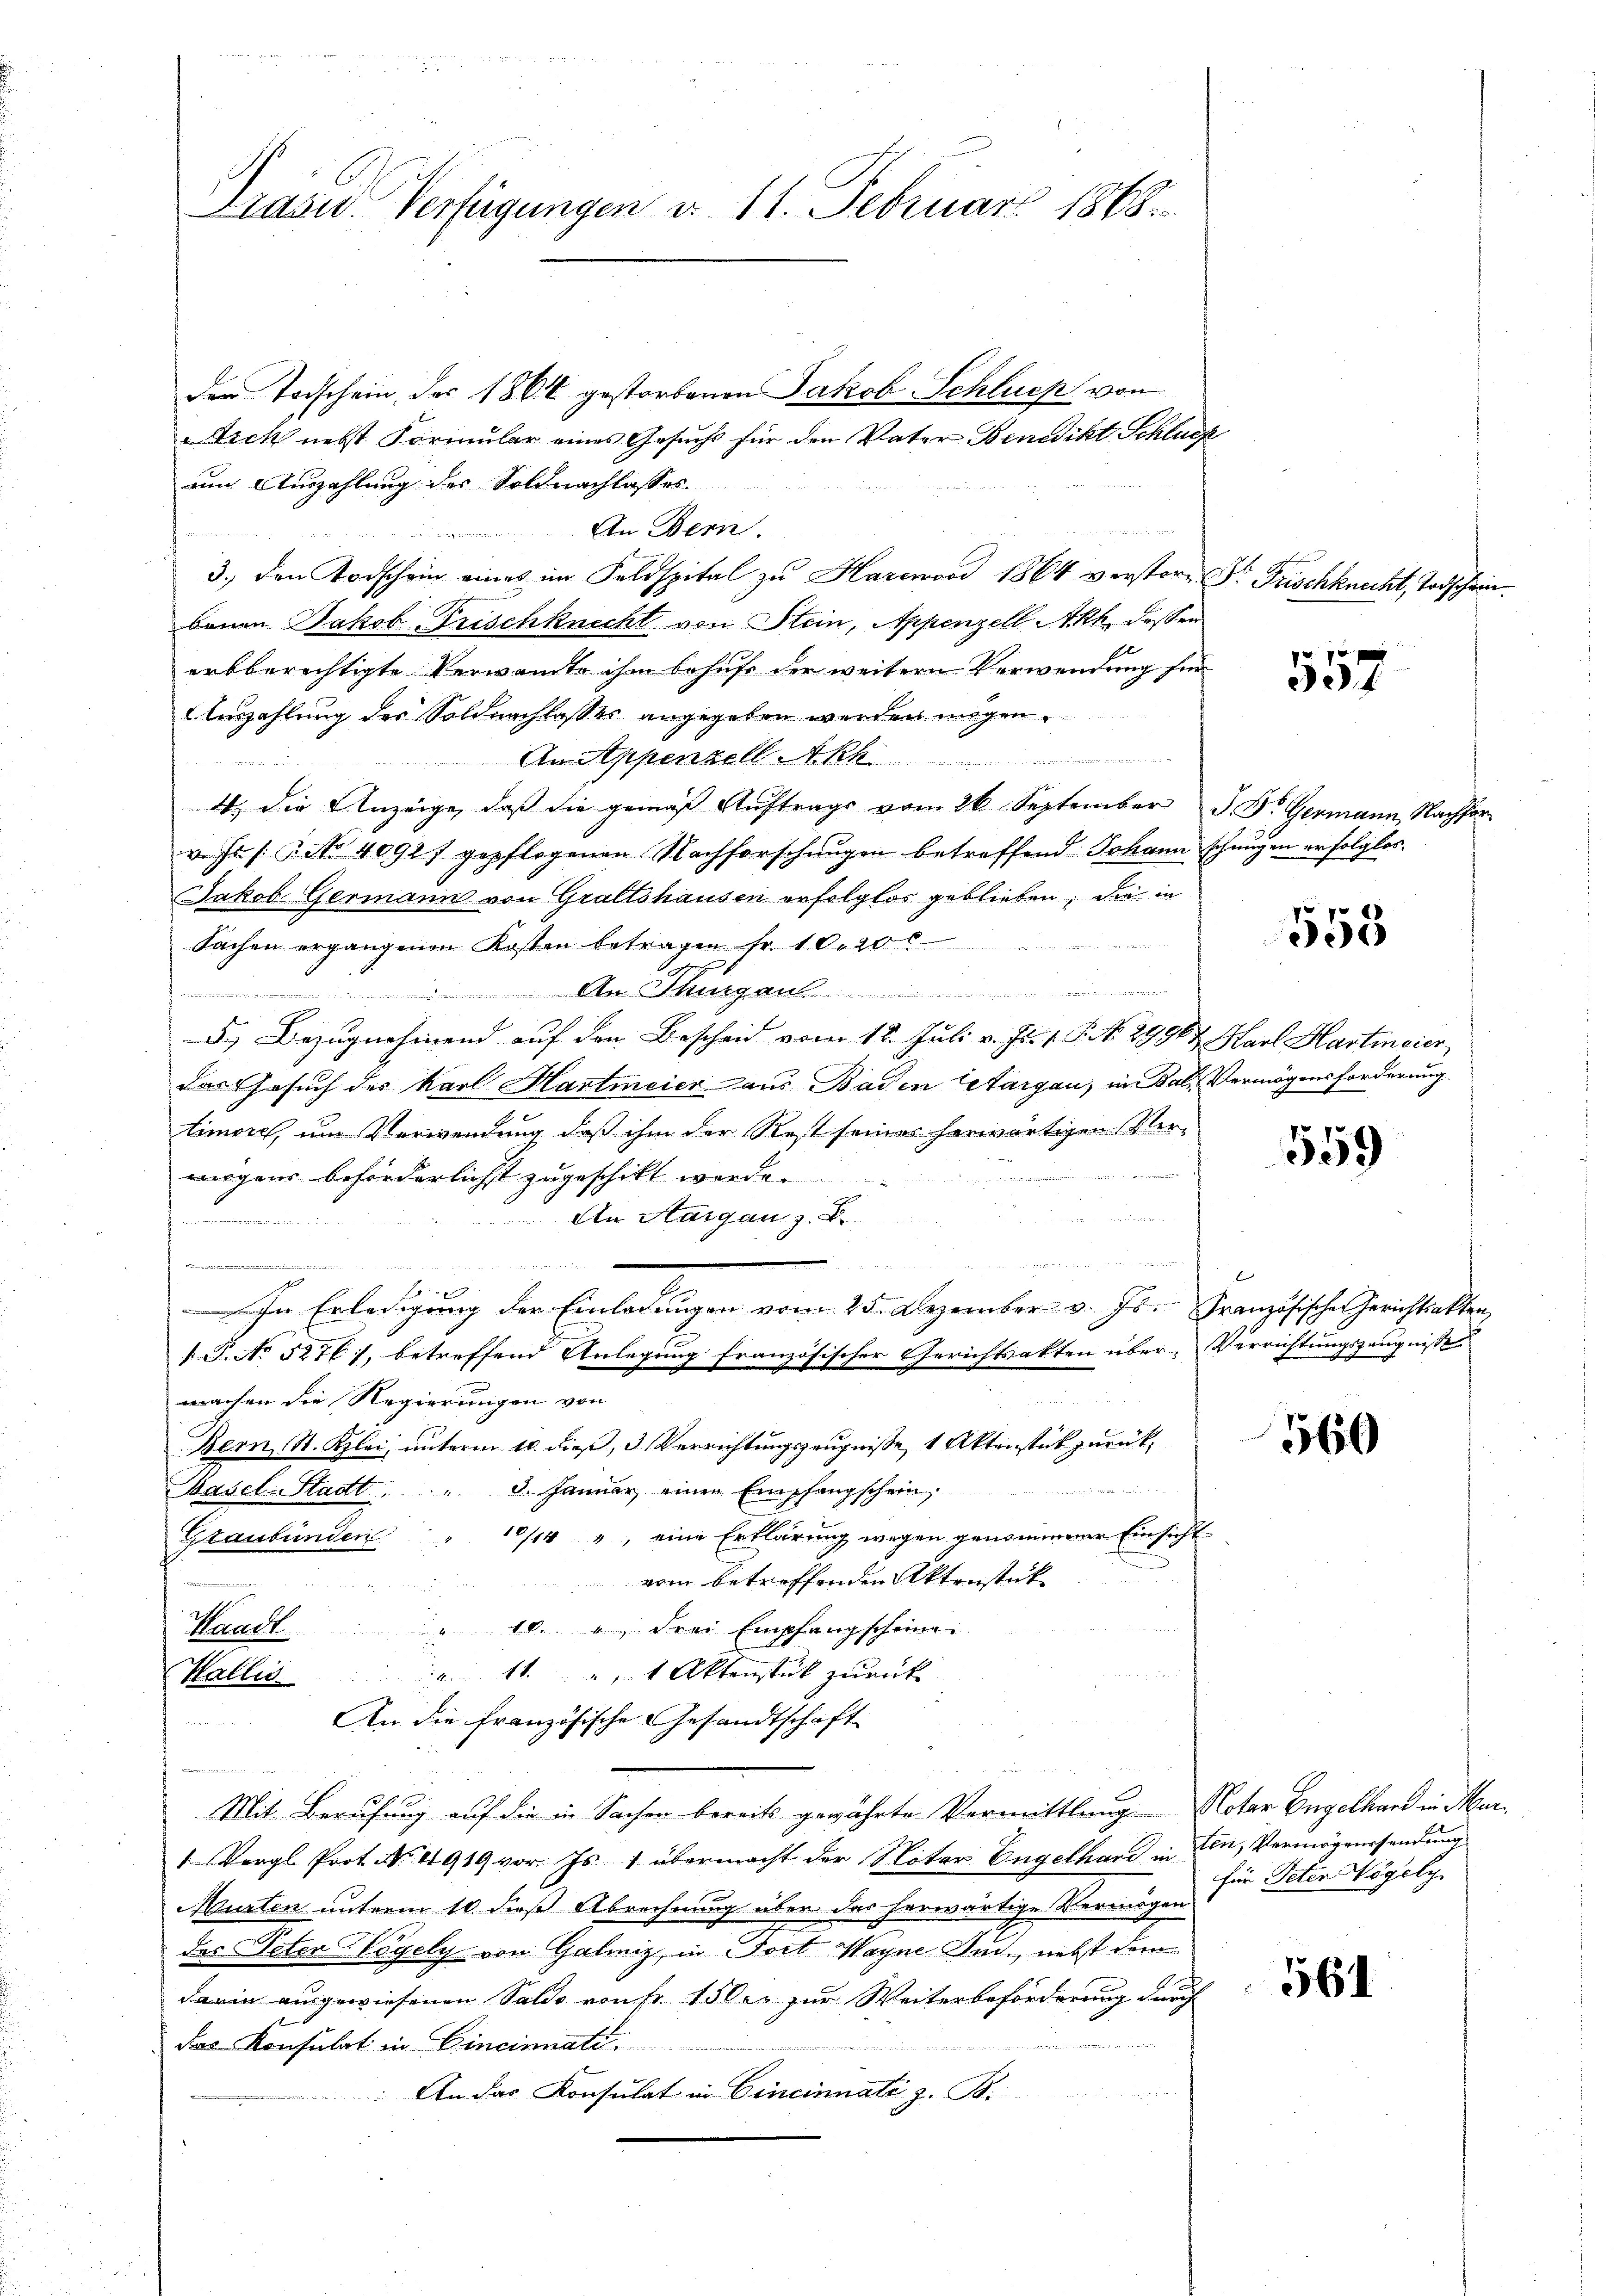
Präside Verfügungen d. 11. Februar 1868.

den Todschein, das 1864 gestorbenen Jakob Schluep von
Aich nebst Formular eines Gesucht für den Vater Benedikt Schluss
um Auszahlung der Soldnachlasses
An Bern.
3., den Todschein eines im Feldspital zu Harenvoi 1864 verstern Dr. Frischknecht, Todschein
benen Jakob Frischknecht von Stein, Appenzell Akt dessen
erbberechtigte Verwandte ihm behufe der weitern Verwendung für
Auszahlung des Soldnachlasses angegeben werden mögen.
e
An Appenzell Akh
4, die Anzeige, daß die gemäß Auftrags vom 26 September J. St. Germann, Nachforv. Js. s. No 4091f gepflogenen Nachforschungen betreffend Johann schwegen erfolglos.
Jakob Germann von Graftshausen erfolglos geblieben; die in
Sachen ergangenen Kosten betragen fr. 10. 20
 Thurgau
n
d. Bezugnehmend auf den Bescheid vom 18. Juli v. Js. v. P. No. 2996 Karl Harticier,
das Gesuch des Karl Hartmeier aus Baden letargau, in Bals Vermögensforderung
timore, um Verwendung daß ihm der Rest seines herwärtigen Ver-

worgens beförderlichst zugeschikt werde.
An Aargau, z. B.
5223 f 51
n
 wie datirte sich der
d
d

hne Erledigung der Einladungen vom 25. Dezember v. Js. Französischen Gerichtsakten
T. No 5276), betreffend Anlegung französischer Gerichtsakten über. Verrichtungszeugnisse
 22 189
machen die Regierungen von
Bern St. Klei, unterm 10. dieß, 3 Verrichtungszeugnisse, 1 Aktenstück zurück¬
 2
Basel-Stadt. d. Januar einer Empfangschein,
10/14 ", eine Erklärung wegen genommener Einsicht
Staubünden
vom betroffenden Aktenstück
u
Sandt. " 10. u drei Empfangscheiner
1 " " 1 Aktenstück zurück
Wallis.
An die französische Gesandtschaft
Mit Berufung auf die in Sacher bereits gewährte Vermittlung Noter Engelhard in Mar¬
1 Vergl. Prot. No. 4919 vor. Js. 1 übermacht der Noter Engelhard in Ein Vermögenssendung
Murten unterm 10. dieß Abrechnung über das herwärtige Vermögen
des Peter Vögely von Galmiz, in Fort Wayne Jud., nebst dem
darin ausgewiesenen Saldo von Fr. 150er zur Weiterbeförderung durch
das Konsulat in Cincinnate
An das Konsulat in Cincinnati z. B.

557

558

559

360

für Peten Vögely

561